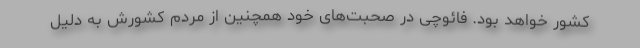
کشور خواهد بود. فائوچی در صحبت‌های خود همچنین از مردم کشورش به دلیل